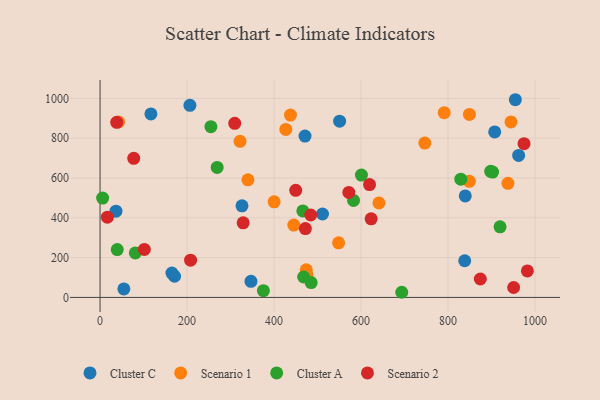
{"axis": {"x": "Engine Size", "y": "Rating"}, "legend": ["Cluster A", "Cluster C", "Scenario 1", "Scenario 2"], "data": [{"x": "838.3", "y": 184.1, "type": "Cluster C"}, {"x": "36.6", "y": 433.2, "type": "Cluster C"}, {"x": "962.3", "y": 713.3, "type": "Cluster C"}, {"x": "471.2", "y": 810.4, "type": "Cluster C"}, {"x": "346.9", "y": 80.9, "type": "Cluster C"}, {"x": "171.3", "y": 106.3, "type": "Cluster C"}, {"x": "839.6", "y": 509.7, "type": "Cluster C"}, {"x": "326.3", "y": 460.0, "type": "Cluster C"}, {"x": "206.6", "y": 965.1, "type": "Cluster C"}, {"x": "165.2", "y": 122.4, "type": "Cluster C"}, {"x": "54.7", "y": 42.6, "type": "Cluster C"}, {"x": "116.9", "y": 921.9, "type": "Cluster C"}, {"x": "907.3", "y": 831.3, "type": "Cluster C"}, {"x": "954.7", "y": 993.0, "type": "Cluster C"}, {"x": "550.7", "y": 885.1, "type": "Cluster C"}, {"x": "511.4", "y": 419.1, "type": "Cluster C"}, {"x": "791.2", "y": 928.0, "type": "Scenario 1"}, {"x": "849.0", "y": 583.0, "type": "Scenario 1"}, {"x": "427.0", "y": 843.9, "type": "Scenario 1"}, {"x": "339.9", "y": 590.5, "type": "Scenario 1"}, {"x": "746.6", "y": 775.3, "type": "Scenario 1"}, {"x": "445.4", "y": 363.2, "type": "Scenario 1"}, {"x": "400.2", "y": 480.0, "type": "Scenario 1"}, {"x": "475.4", "y": 114.3, "type": "Scenario 1"}, {"x": "641.1", "y": 474.7, "type": "Scenario 1"}, {"x": "42.6", "y": 881.3, "type": "Scenario 1"}, {"x": "944.7", "y": 881.6, "type": "Scenario 1"}, {"x": "321.7", "y": 783.9, "type": "Scenario 1"}, {"x": "548.4", "y": 274.2, "type": "Scenario 1"}, {"x": "937.7", "y": 573.1, "type": "Scenario 1"}, {"x": "849.1", "y": 919.1, "type": "Scenario 1"}, {"x": "437.7", "y": 915.8, "type": "Scenario 1"}, {"x": "474.1", "y": 138.6, "type": "Scenario 1"}, {"x": "693.6", "y": 25.8, "type": "Cluster A"}, {"x": "39.5", "y": 240.5, "type": "Cluster A"}, {"x": "81.1", "y": 223.7, "type": "Cluster A"}, {"x": "600.9", "y": 614.4, "type": "Cluster A"}, {"x": "269.2", "y": 653.1, "type": "Cluster A"}, {"x": "582.7", "y": 487.3, "type": "Cluster A"}, {"x": "468.0", "y": 102.6, "type": "Cluster A"}, {"x": "898.0", "y": 633.3, "type": "Cluster A"}, {"x": "829.4", "y": 593.8, "type": "Cluster A"}, {"x": "254.8", "y": 857.5, "type": "Cluster A"}, {"x": "919.6", "y": 354.4, "type": "Cluster A"}, {"x": "485.3", "y": 74.7, "type": "Cluster A"}, {"x": "5.9", "y": 498.8, "type": "Cluster A"}, {"x": "466.2", "y": 434.4, "type": "Cluster A"}, {"x": "902.4", "y": 629.4, "type": "Cluster A"}, {"x": "375.5", "y": 33.7, "type": "Cluster A"}, {"x": "208.1", "y": 187.1, "type": "Scenario 2"}, {"x": "619.5", "y": 566.7, "type": "Scenario 2"}, {"x": "484.4", "y": 413.9, "type": "Scenario 2"}, {"x": "38.3", "y": 879.4, "type": "Scenario 2"}, {"x": "309.6", "y": 874.5, "type": "Scenario 2"}, {"x": "571.9", "y": 527.5, "type": "Scenario 2"}, {"x": "974.7", "y": 772.3, "type": "Scenario 2"}, {"x": "982.4", "y": 133.2, "type": "Scenario 2"}, {"x": "874.2", "y": 92.5, "type": "Scenario 2"}, {"x": "449.8", "y": 537.9, "type": "Scenario 2"}, {"x": "329.0", "y": 374.9, "type": "Scenario 2"}, {"x": "623.2", "y": 394.6, "type": "Scenario 2"}, {"x": "77.4", "y": 698.4, "type": "Scenario 2"}, {"x": "950.8", "y": 49.8, "type": "Scenario 2"}, {"x": "16.8", "y": 403.2, "type": "Scenario 2"}, {"x": "101.8", "y": 241.0, "type": "Scenario 2"}, {"x": "472.0", "y": 345.6, "type": "Scenario 2"}]}